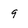
Character: g